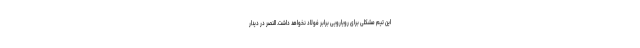
این تیم مشکلی برای رویارویی برابر فولاد نخواهد داشت. النصر در دیدار